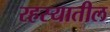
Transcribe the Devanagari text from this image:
रहस्यातील